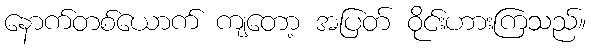
နောက်တစ်ယောက် ကျတော့ အပြတ် ဝိုင်းဟားကြသည်။